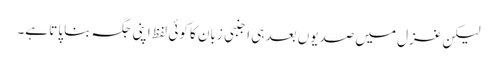
لیکن غزل میں صدیوں بعد ہی اجنبی زبان کا کوئی لفظ اپنی جگہ بنا پاتا ہے۔